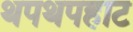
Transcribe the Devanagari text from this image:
थपथपहाट